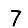
Digit: 7